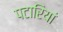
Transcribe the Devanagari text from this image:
पटारियां